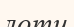
лоти